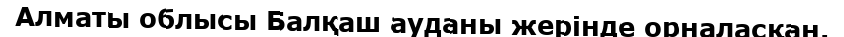
Алматы облысы Балқаш ауданы жерінде орналасқан.